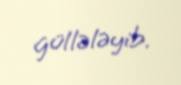
güllələyib.